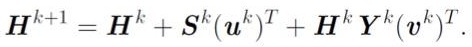
$\boldsymbol{H}^{k+1}=\boldsymbol{H}^{k}+\boldsymbol{S}^{k}(\boldsymbol{u}^{k})^{T}+\boldsymbol{H}^{k}\boldsymbol{Y}^{k}(\boldsymbol{v}^{k})^{T}.$